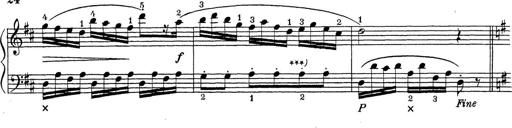
Title: ÄŒeskÃ© Sonatiny
Composer: Various